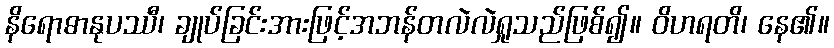
နိရောဓာနုပဿီ၊ ချုပ်ခြင်းအားဖြင့်အဘန်တလဲလဲရှုသည်ဖြစ်၍။ ဝိဟရတိ၊ နေ၏။